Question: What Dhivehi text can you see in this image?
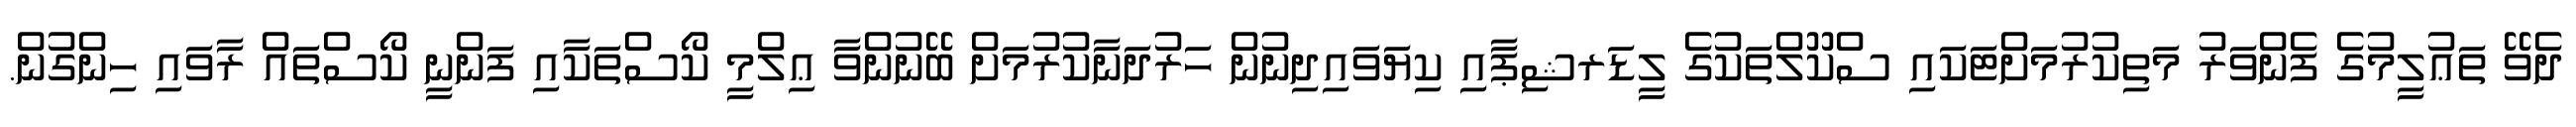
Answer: ދެވޭ ތަޢުލީމުގެ ފެންވަރު މަތިކުރުމަށްޓަކައި ސްކޫލްތަކުގެ ލީޑަރޝިޕާއި ކިޔަވައިދިނުން ހަރުދަނާކުރުމަށް ބޭނުންވާ ޢިލްމީ ކޯސްތަކާއި ފަންނީ ކޯސްތައް ރާވައި ހިންގުން.